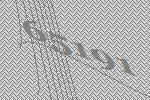
65191